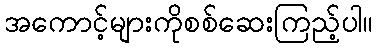
အကောင့်များကိုစစ်ဆေးကြည့်ပါ။